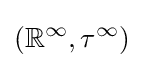
\left(\mathbb {R} ^{\infty },\tau ^{\infty }\right)